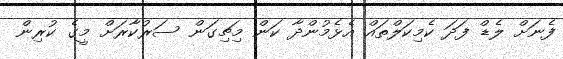
ފެނަށް ލެޑް ފަދަ ކެމިކަލްތައް އެޅެމުންދާ ކަން މިޗިގަން ސަރުކާރަށް މީގެ ކުރިން